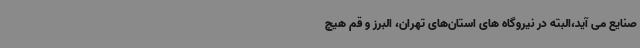
صنایع می آید،البته در نیروگاه های استان‌های تهران، البرز و قم هیچ